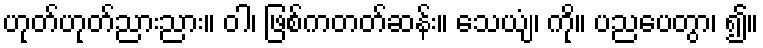
ဟုတ်ဟုတ်ညားညား။ ဝါ၊ ဖြစ်ကတတ်ဆန်း။ သေယျံ၊ ကို။ ပညပေတွာ၊ ၍။